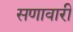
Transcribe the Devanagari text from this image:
सणावारीं